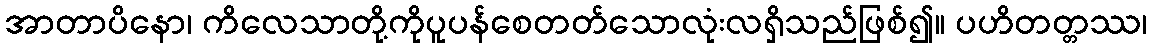
အာတာပိနော၊ ကိလေသာတို့ကိုပူပန်စေတတ်သောလုံးလရှိသည်ဖြစ်၍။ ပဟိတတ္တဿ၊